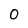
Character: 0